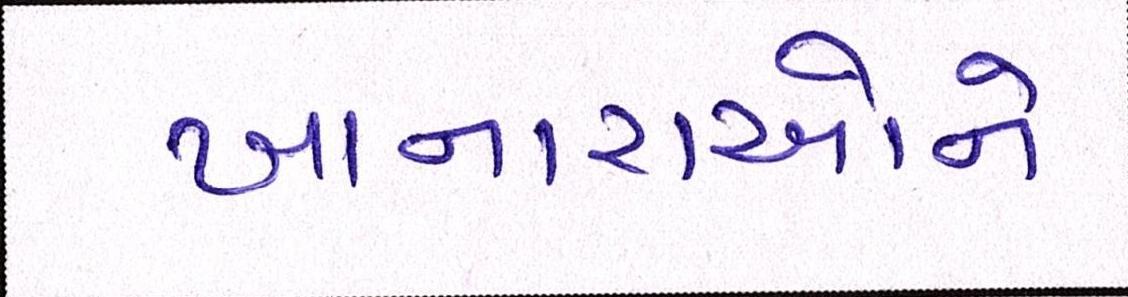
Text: ખાનારાઓને